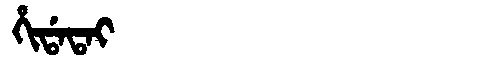
Manchu: ᡥᡳᡩᠠᡨᠠᡳ
Romanization: HIDATAI